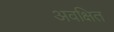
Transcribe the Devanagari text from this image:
अवक्षित